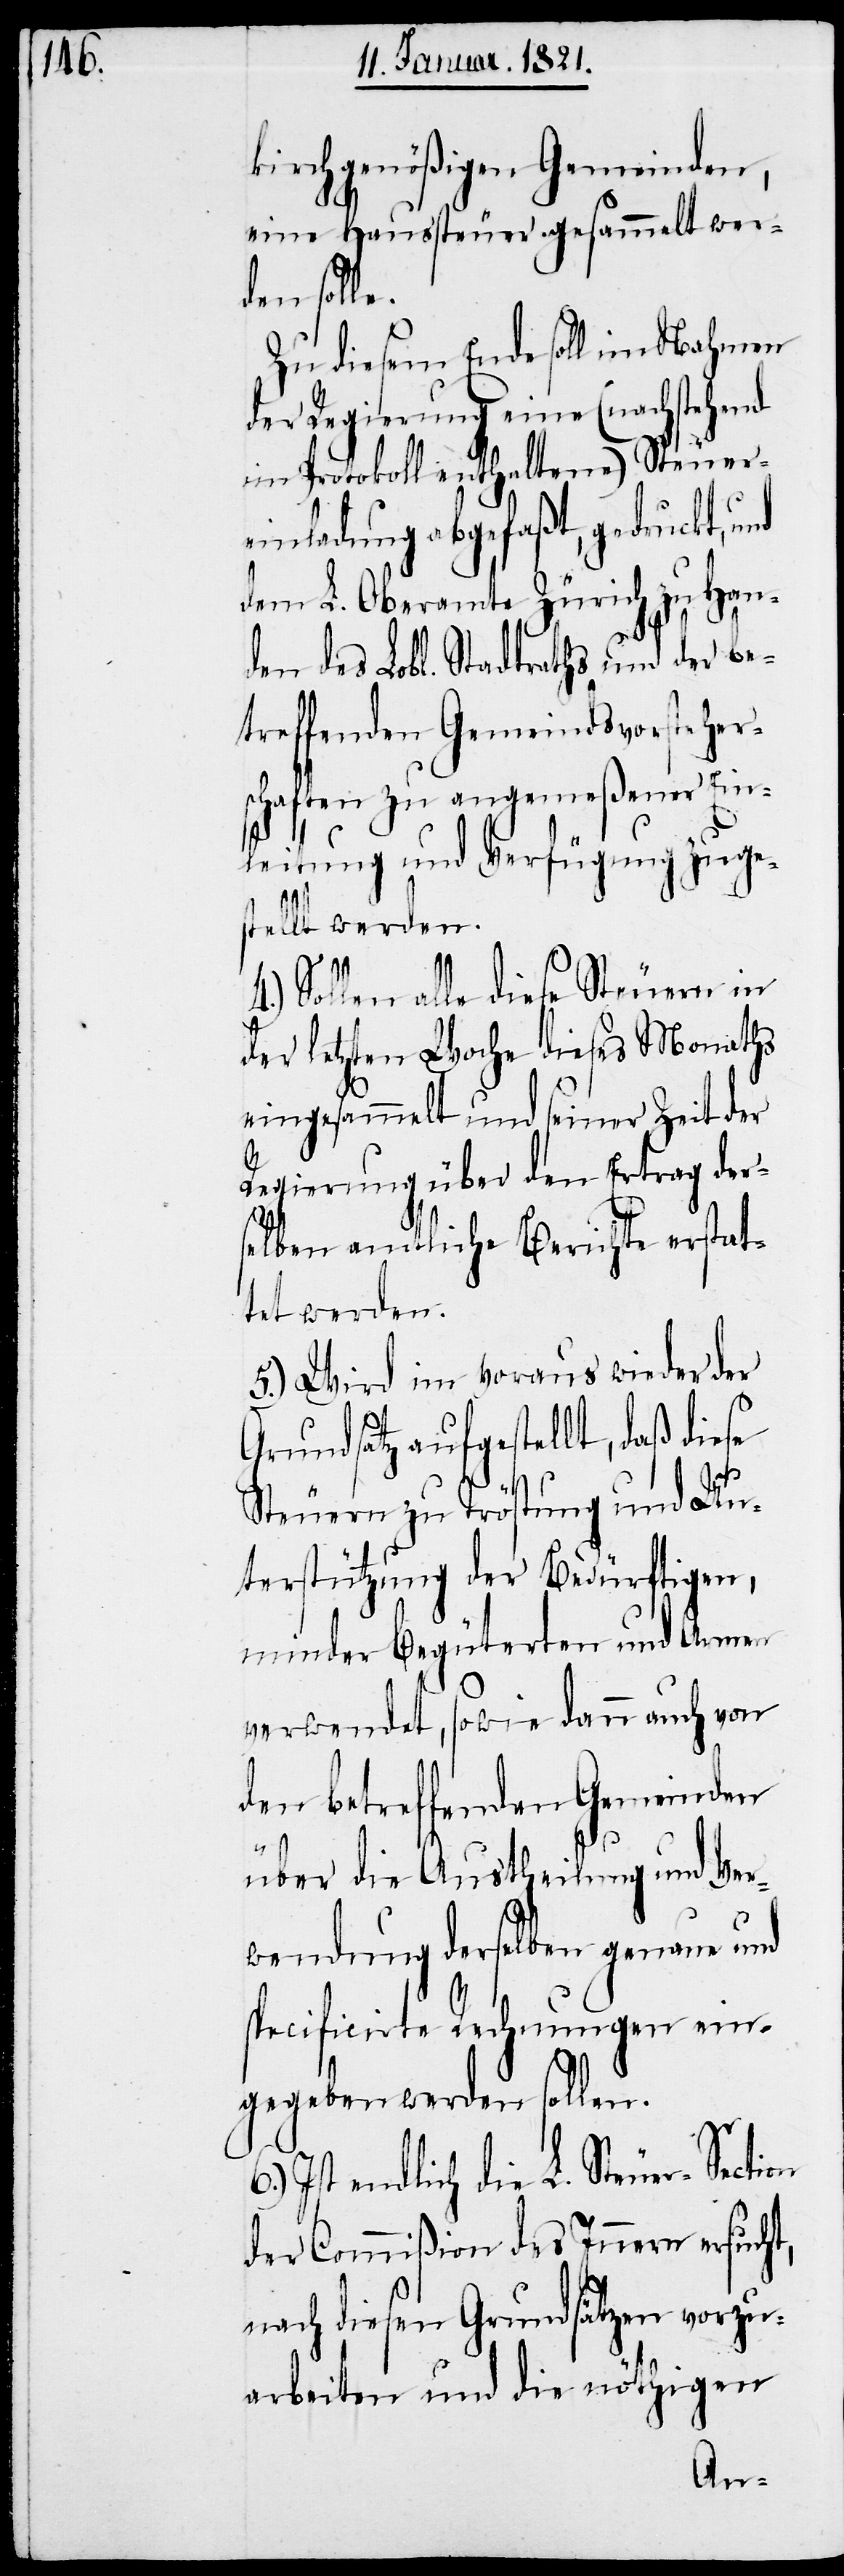
hlich genößigen Gemeinden,
eine Haussteuer gesammelt wer¬
den solle.
Zu diesem Ende soll im Nahmen
der Regierung eine (nachstehend
im Protokoll enthaltene) Steuer¬
einladung abgefaßt, gedruckt,
dem L. Oberamte Zürich zu Han¬
den des Lobl. Stadtraths und der be¬
treffenden Gemeindsvorsteher¬
schaften zu angemeßener Ein¬
leitung und Verfügung zuges¬
tellt werden.
4.) Sollen alle diese Steuern in
der letzten Woche dieses Monaths
eingesammelt und seiner Zeit der
Regierung über den Ertrag ders¬
elben amtliche Berichte erstat¬
tet werden.
5.) Wird im voraus wieder der
Grundsatz aufgestellt, daß diese
Steuern zu Tröstung und Un¬
terstützung der Bedürftigen,
minder Begüterten und Armen
verwendet, sowie dann auch von
den betreffenden Gemeinden
über die Austheilung und Ver¬
wendung derselben genaue und
specificirte Rechnungen ein¬
gegeben werden sollen.
Ist endlich die L. Steuer-Section
der Commißion des Innern ersucht,
nach diesen Grundsätzen vorzu¬
arbeiten und die nöthigen
kirc¬